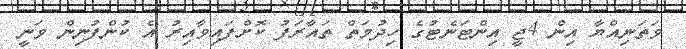
ވަތަނިއްޔާ އިން 4ޖީ އިންޓަނެޓުގެ ހިދުމަތް ތައާރަފު ކޮށްފައިވާއިރު އެ ކުންފުނިން ވަނީ